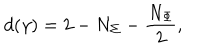
LaTeX: d ( \gamma ) = 2 - N _ { \Sigma } - \frac { N _ { \Phi } } { 2 } ,